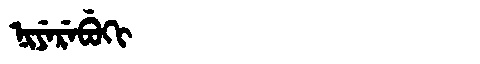
Manchu: ᠨᡳᠶᡝᡵᡝᠪᡠᡴᡳ
Romanization: NIYEREBUKI